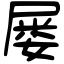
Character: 屡